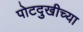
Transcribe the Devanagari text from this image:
पोटदुखीच्या